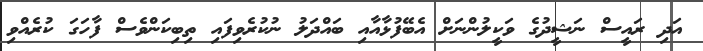
އަދި ރައީސް ނަޝީދުގެ ވަކީލުންނަށް އެބޭފުޅާއާއި ބައްދަލު ނުކުރެވިފައި ތިބިކަންވެސް ފާހަގަ ކުރެއްވި